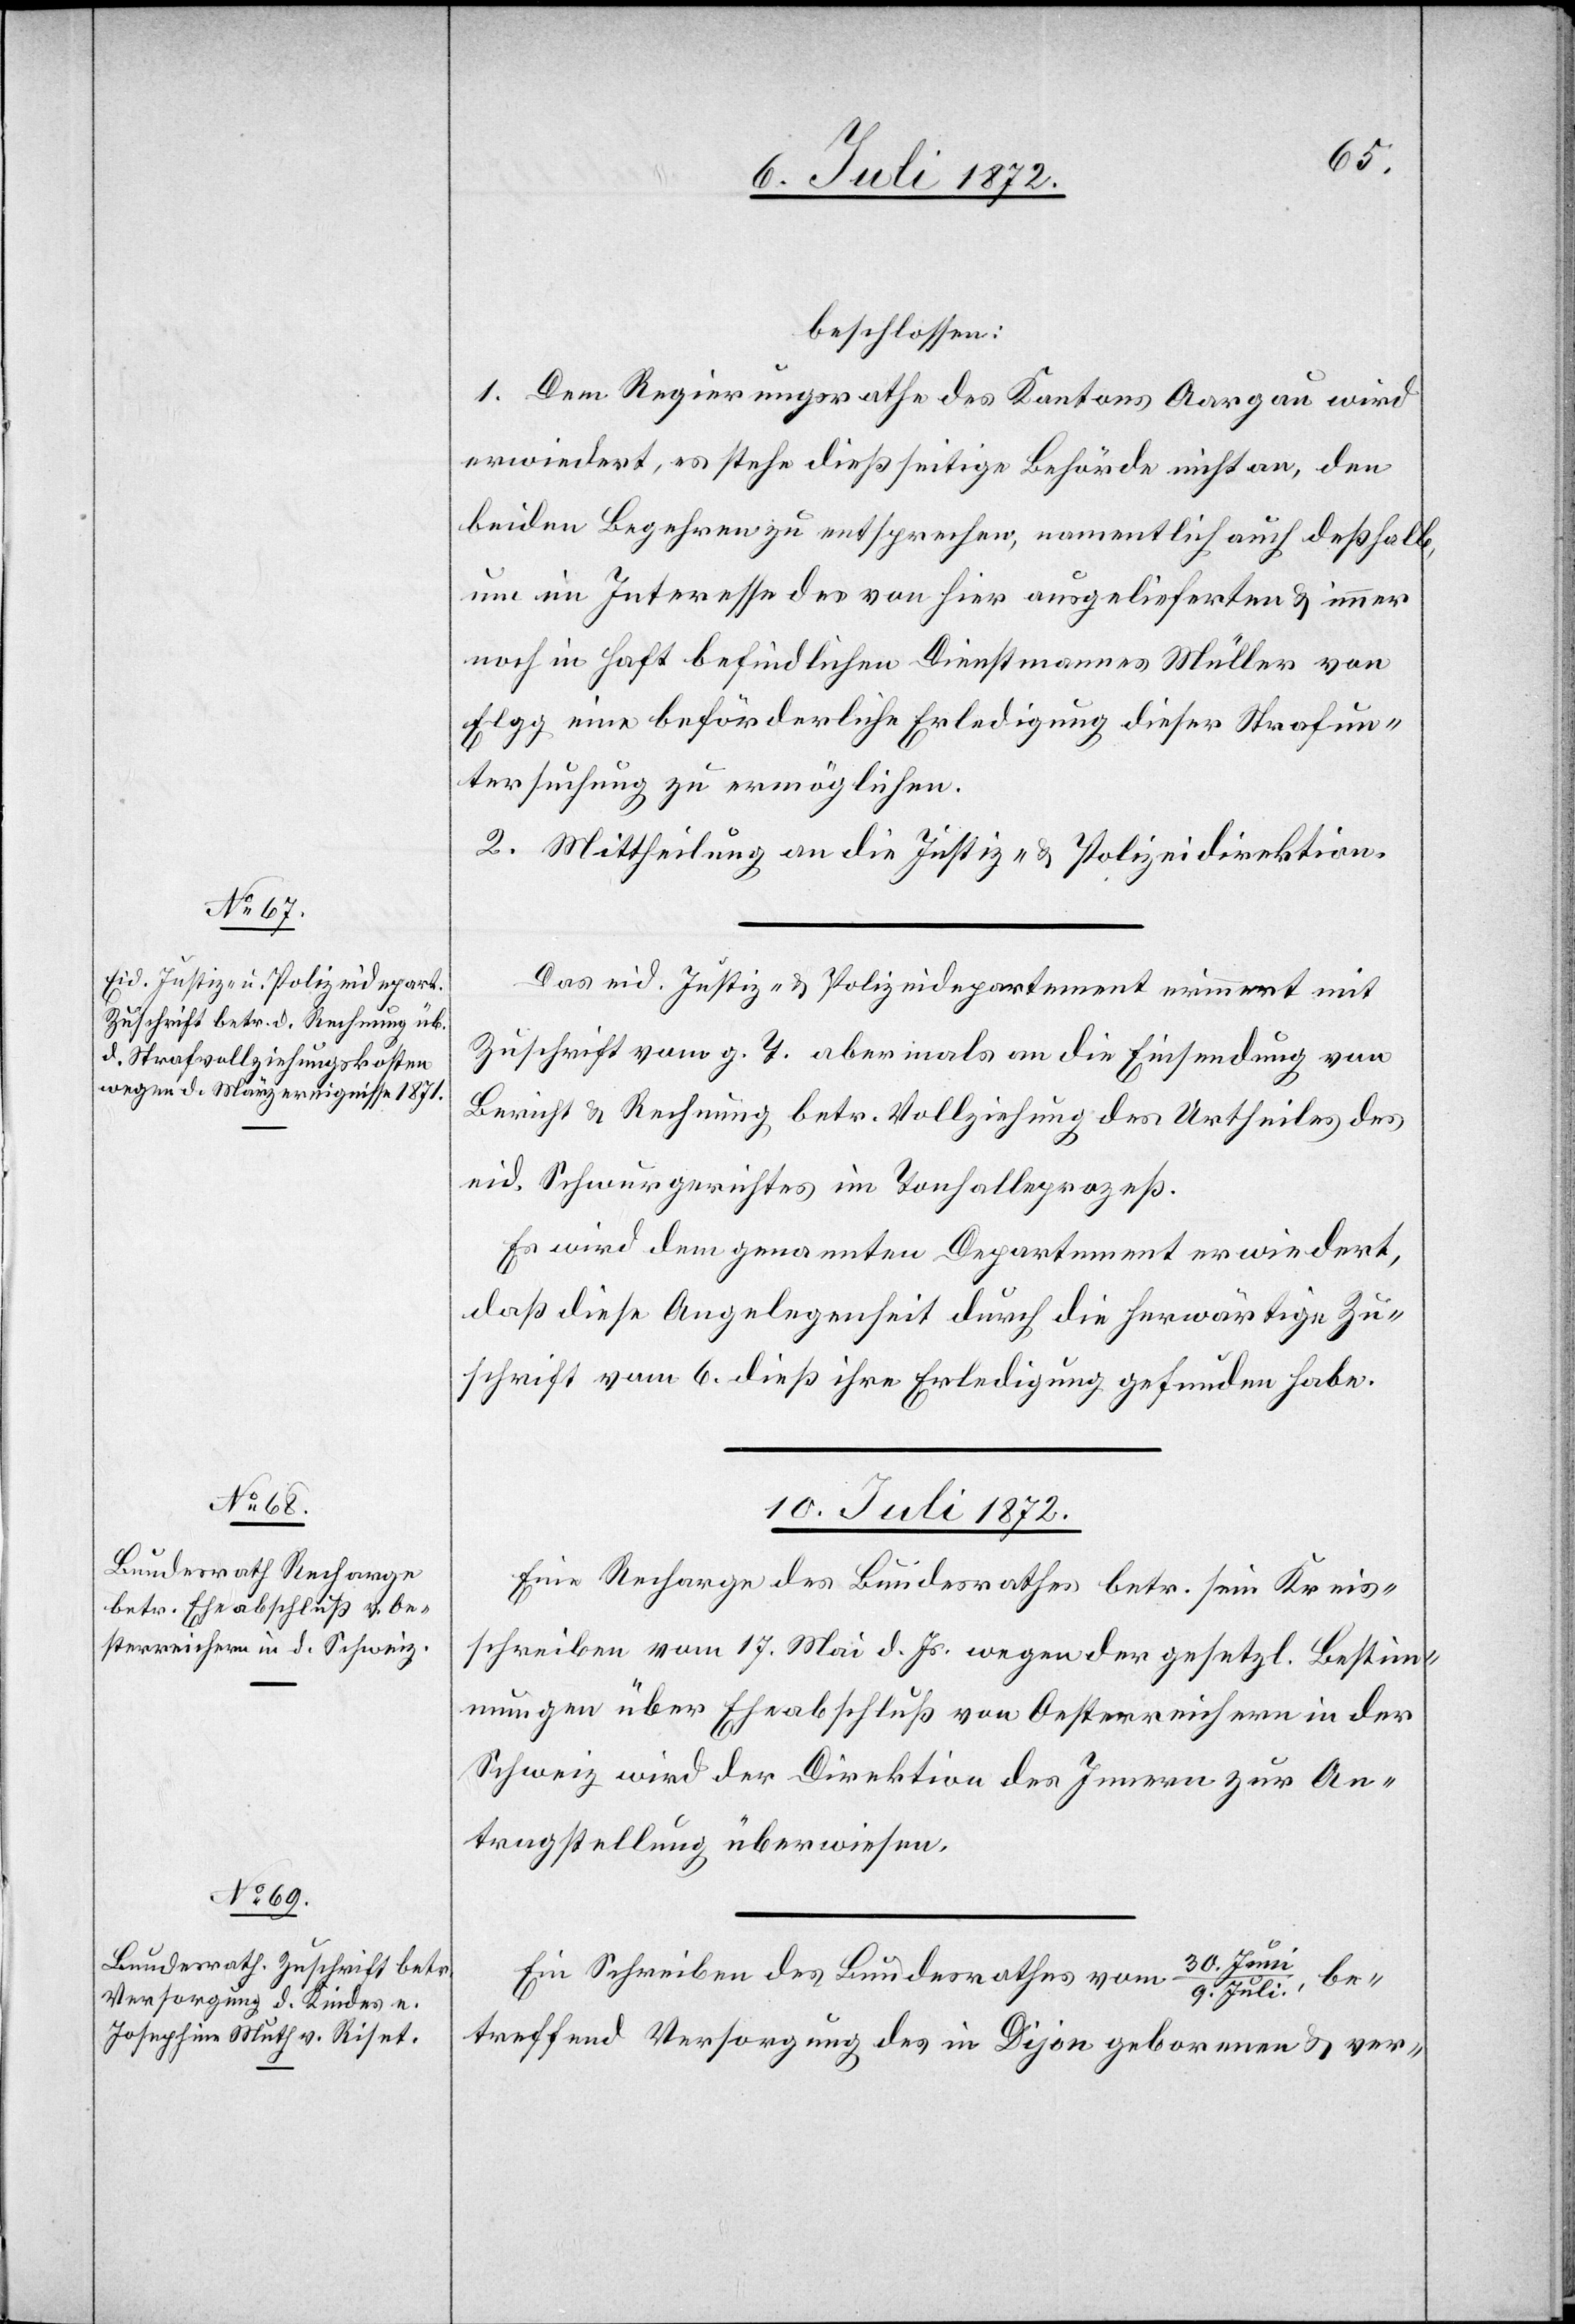
9. Juli 1872.]
beschlossen:
1. Dem Regierungsrathe des Kantons Aargau wird
erwiedert, es stehe dießseitige Behörde nicht an, den
beiden Begehren zu entsprechen, namentlich auch deßhalb,
um im Interesse des von hier ausgelieferten u. immer
noch in Haft befindlichen Dienstmannes Müller von
Elgg eine beförderliche Erledigung dieser Strafun¬
tersuchung zu ermöglichen.
2. Mittheilung an die Justiz- u. Polizeidirektion.
Das eid. Justiz- u. Polizeidepartement erinnert mit
Zuschrift vom g. T. abermals an die Einsendung von
Bericht u. Rechnung betr. Vollziehung des Urtheiles des
eid. Schwurgerichts im Tonhalleprozeß.
Es wird dem genannten Departement erwiedert,
daß diese Angelegenheit durch die herwärtige Zu¬
schrift vom 6. dieß ihre Erledigung gefunden habe.
10. Juli 1872.]
Eine Recharge des Bundesrathes betr. sein Kreis¬
schreiben vom 17. Mai d. Js. wegen der gesetzl. Bestim¬
mungen über Eheabschluß von Oesterreichern in der
Schweiz wird der Direktion des Innern zur An¬
tragstellung überwiesen.
30. Jun¬
Ein Schreiben des Bundesrathes vom
be¬
i/9. Juli,
treffend Versorgung des in Dijon geborenen u. ver-